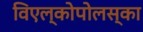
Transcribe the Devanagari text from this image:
विएल्कोपोलस्का